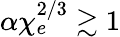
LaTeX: \alpha\chi_{e}^{2/3}\gtrsim 1